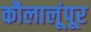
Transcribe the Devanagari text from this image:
कौलालूंपूर